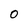
Character: 0